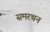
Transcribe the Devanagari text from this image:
समरथन